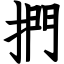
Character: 捫